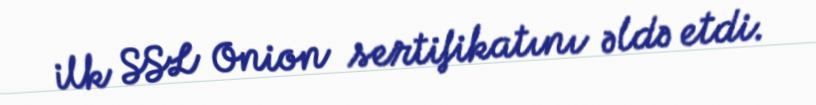
ilk SSL Onion sertifikatını əldə etdi.